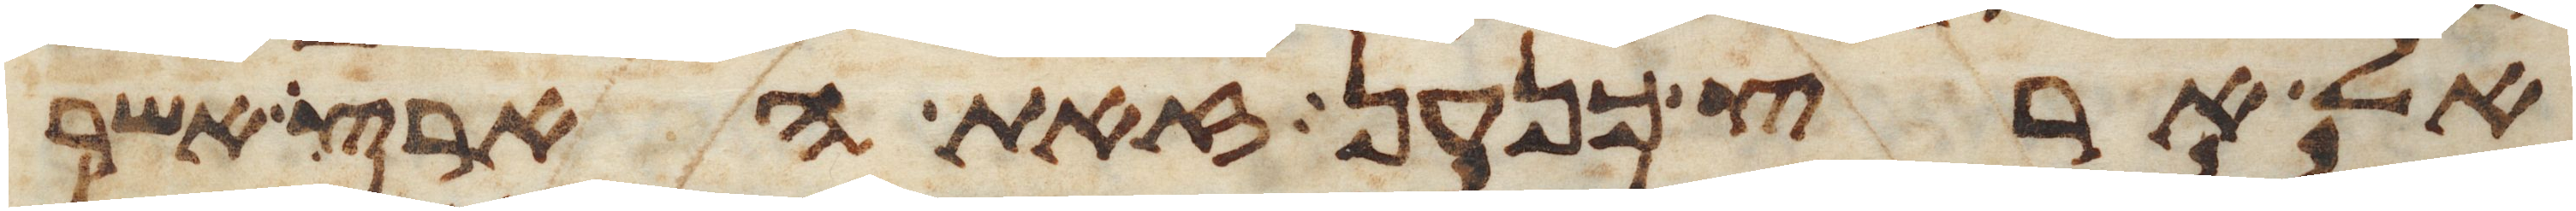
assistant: אל ארץ כנען זאת הארץ אשר